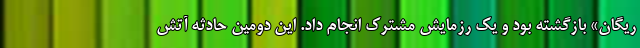
ریگان» بازگشته بود و یک رزمایش مشترک انجام داد. این دومین حادثه آتش